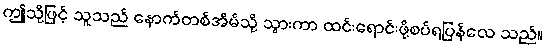
ဤသို့ဖြင့် သူသည် နောက်တစ်အိမ်သို့ သွားကာ ထင်းရောင်းဖို့စပ်ရပြန်လေ သည်။